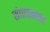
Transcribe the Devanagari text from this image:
संपादकावर